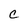
Character: C